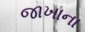
જાખાના